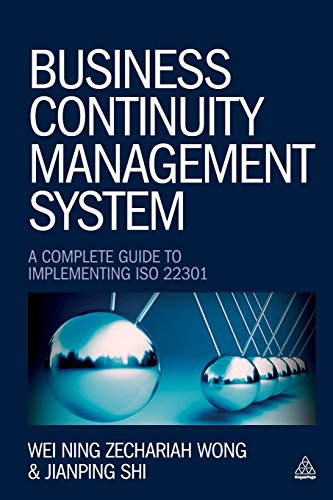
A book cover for Business Continuity Management System: A Complete Guide to Implementing ISO 22301; Wei Ning Zechariah Wong; Business & Money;